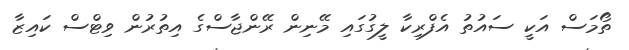
ތޯމަސް އަކީ ސައުތު އެފްރިކާ ލީގުގައި މޭނިން ރޭންޖާސްގެ އިތުރުން ވިޓްސް ކައިޒާ